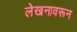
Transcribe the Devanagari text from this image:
लेखनावरून